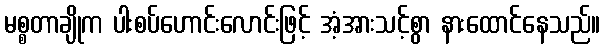
မစ္စတာချိုက ပါးစပ်ဟောင်းလောင်းဖြင့် အံ့အားသင့်စွာ နားထောင်နေသည်။